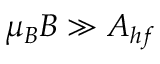
\mu _ { B } B \gg A _ { h f }